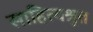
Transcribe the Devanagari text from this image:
साहित्यश्रुत